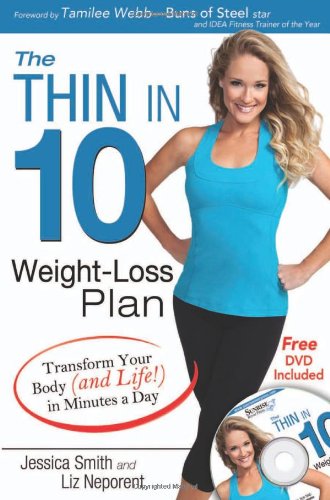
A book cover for The Thin in 10 Weight-Loss Plan: Transform Your Body (and Life!) in Minutes a Day; Liz Neporent; Health, Fitness & Dieting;